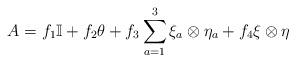
LaTeX: \begin{align*}A= f_1\mathbb I+f_2\theta +f_3\sum^3_{a=1}\xi_a\otimes\eta_a+f_4\xi\otimes\eta\end{align*}